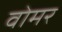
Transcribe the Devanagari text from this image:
वोमर